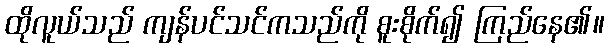
ထိုလူယ်သည် ကျန်ပင်သင်ကသည်ကို စူးစိုက်၍ ကြည်နေ၏။